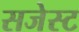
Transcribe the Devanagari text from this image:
सजेस्ट